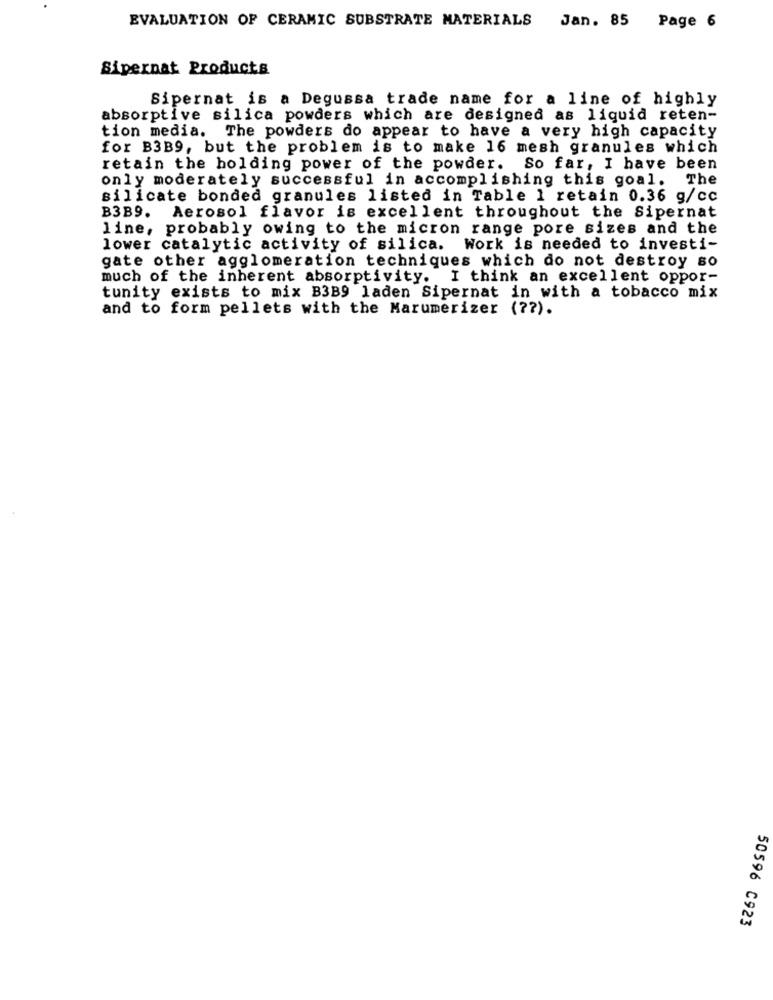
EVALUATION OF CERAMIC SUBSTRATE MATERIALS
Jan. 85 Page 6
Sipernat Products
Sipernat is a Degussa trade name for a line of highly
absorptive silica powders which are designed as liquid reten-
tion media. The powders do appear to have a very high capacity
for B3B9, but the problem is to make 16 mesh granules which
retain the holding power of the powder. So far, I have been
only moderately successful in accomplishing this goal.
The
silicate bonded granules listed in Table 1 retain 0.36 g/cc
B3B9.
Aerosol flavor is excellent throughout the Sipernat
line, probably owing to the micron range pore sizes and the
lower catalytic activity of silica. Work is needed to investi-
gate other agglomeration techniques which do not destroy so
much of the inherent absorptivity. I think an excellent oppor-
tunity exists to mix B3B9 laden Sipernat in with a tobacco mix
and to form pellets with the Marumerizer ( ?? ).
50596 C923